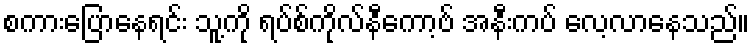
စကားပြောနေရင်း သူ့ကို ရပ်စ်ကိုလ်နီကော့ဗ် အနီးကပ် လေ့လာနေသည်။